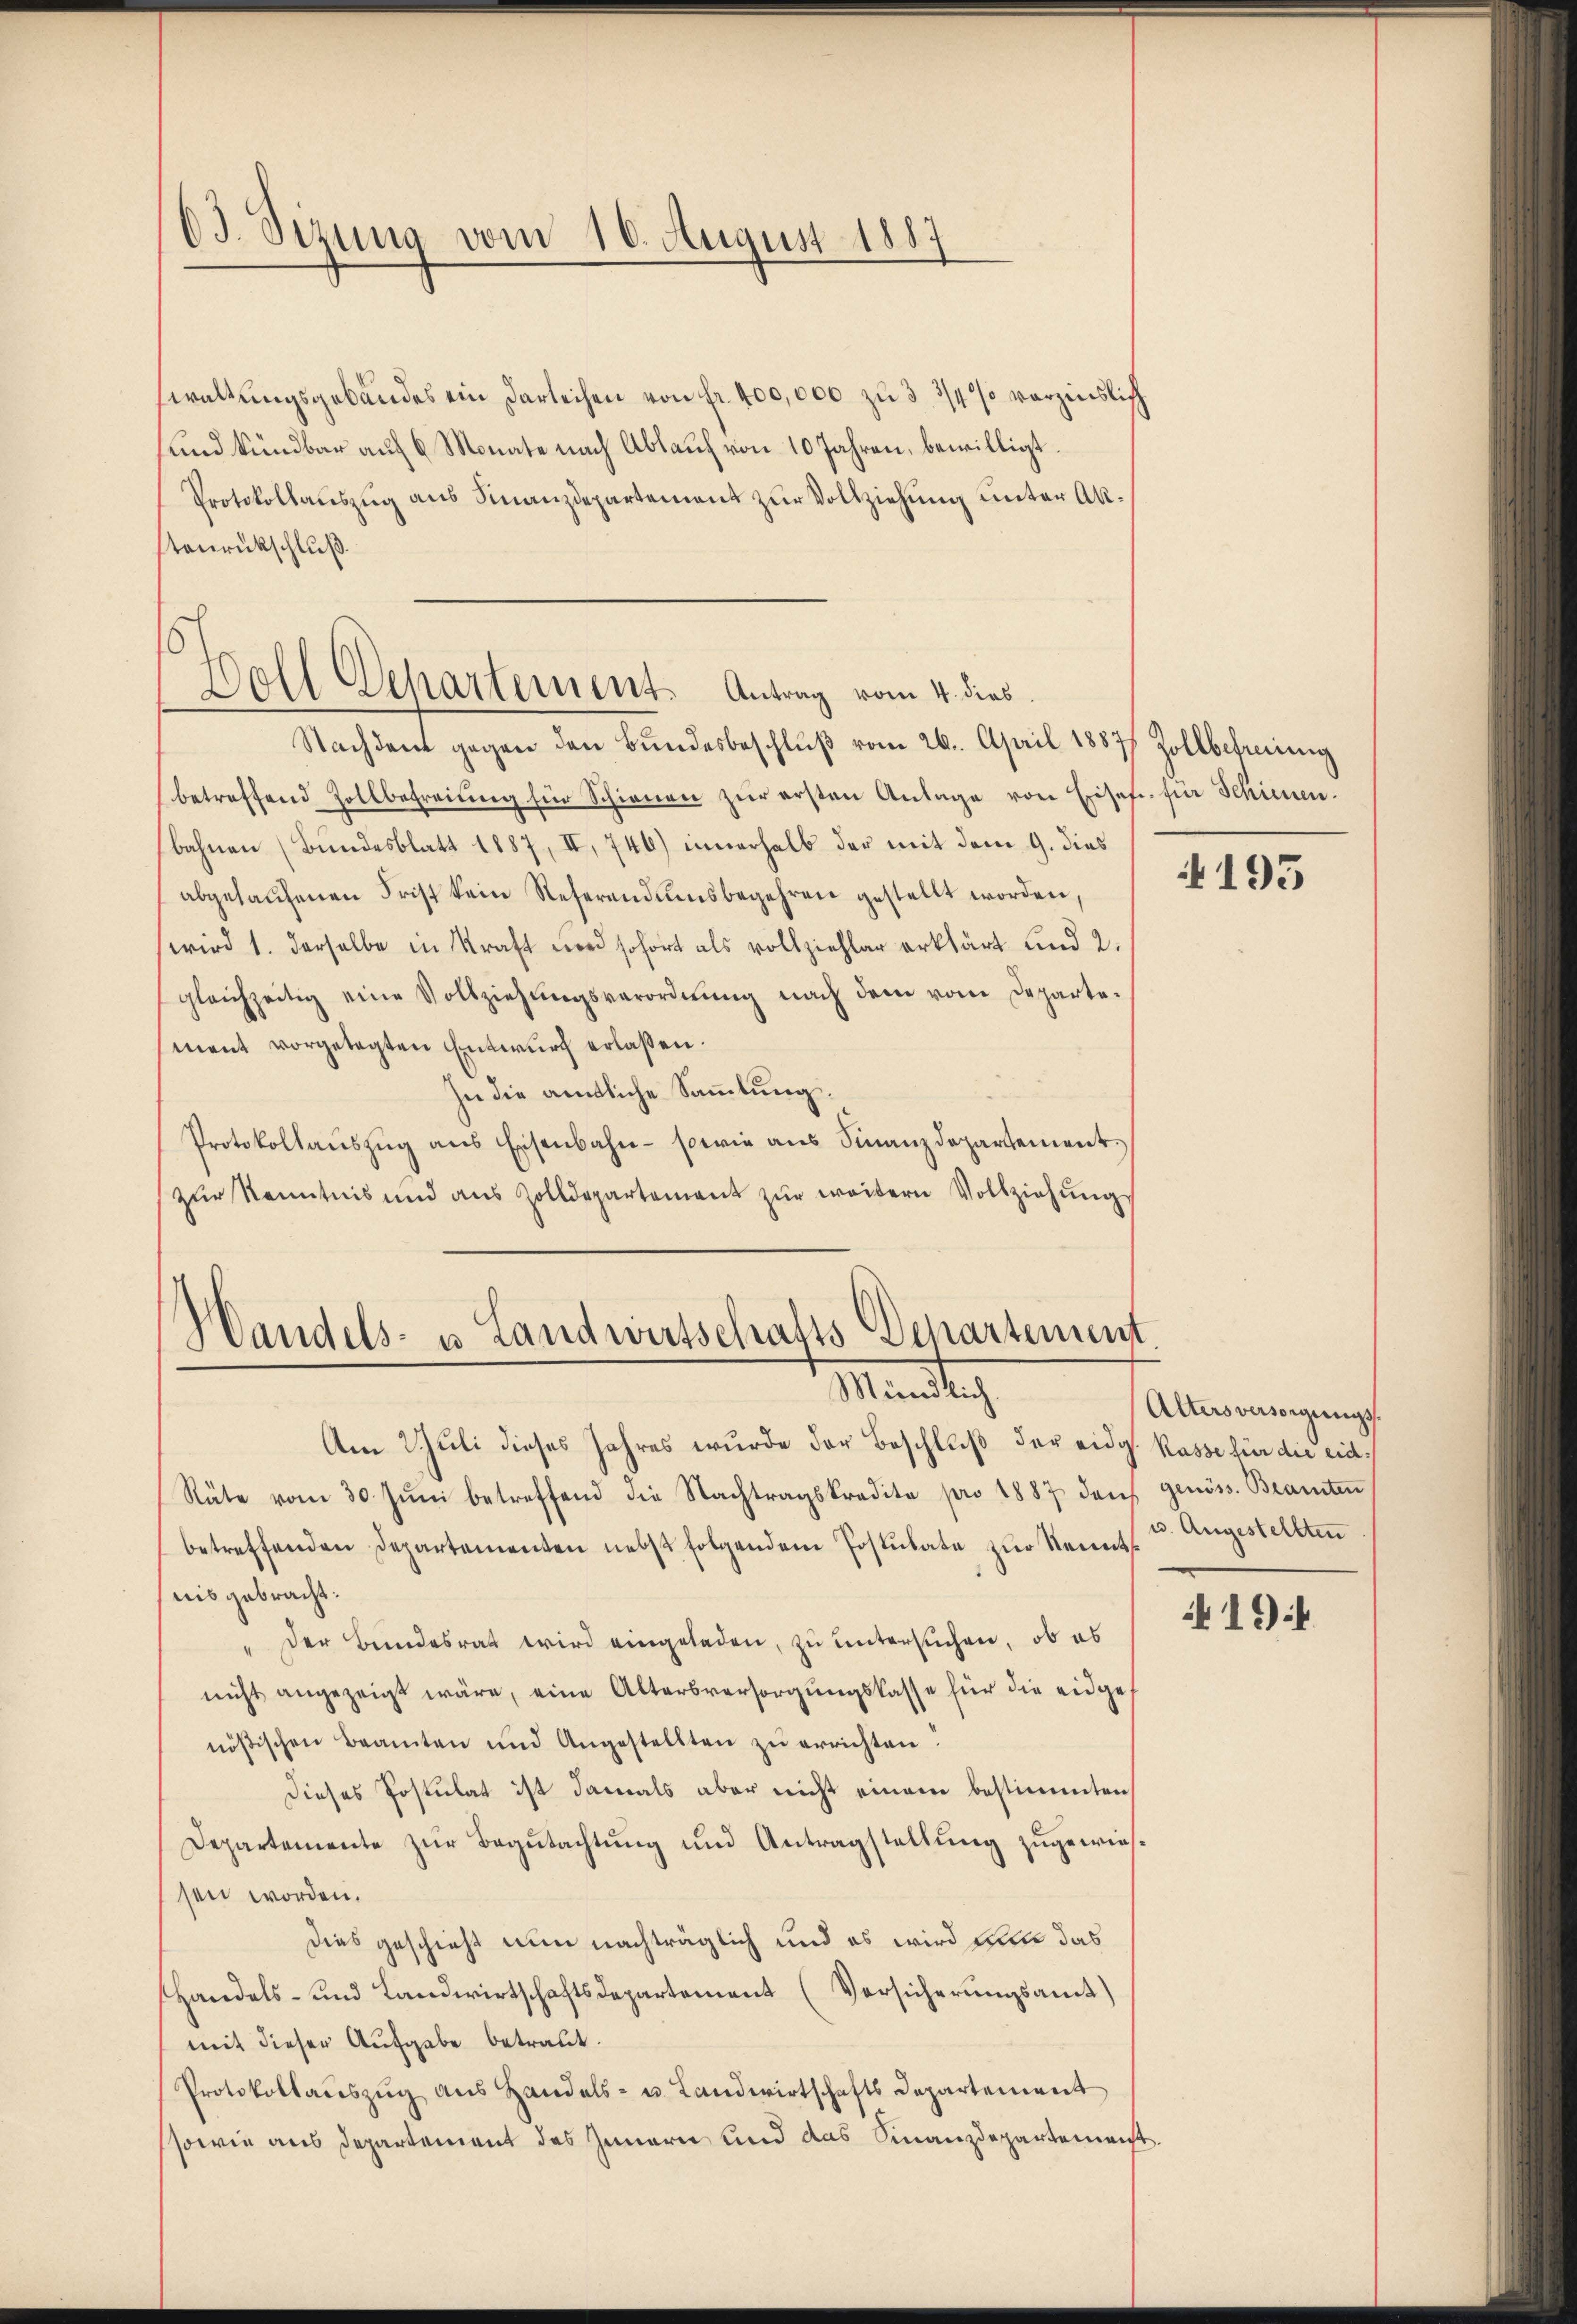
63. Sizung vom 16. August 1887

waltungsgebäudes ein Darleihen von fr. 400,000 zu 3 3/4% verzinslich
und kündbar auf 6 Monate nach Ablauf von 10 Jahren, bewilligt.
Protokollauszug aus Finanzdepartement zur Vollziehung unter Aktenrückschluß.
Nachdem gegen den Bŭndesbeschlŭβ vom 26. April 1887 Zollbefreiung
betreffend Zollbefreiung für Schienen zur ersten Anlage von Eisef. für Schienen.
bahnen (Bundesblatt 1887, II, 746) innerhalb der mit dem 9. dies
abgelaŭfenen Frist kein Referendumsbegehren gestellt worden,
wird 1. derselbe in Kraft wird sofort als vollziehler erklärt und 2.
gleichzeitig eine Vollziehŭngsverordnŭng nach dem vom Departe-
ment vorgetagten Entwurf erlaßen.
In die amtliche Sammlung,
Protokollauszug aus Eisenbahn - sowie aus Finanzdepartementzŭr Kenntnis und aus Zolldepartement zŭr weitern Vollziehŭng

Hall Departement. Antrag vom 4. dies

Handels- u. Landwirtschafts-Departement
Manten

Am Juli dieses Jahres wurde der Beschluß der eidg. Kasse für die eid¬
Räte vom 30. Jŭni betreffend die Nachtragskredite pro 1887 den genöss. Beamten
betreffenden Departementen nebst folgendem Postulate zur Kennt
nis gebracht:
" Der Bundesrat wird eingeladen, zu untersuchen, ob es
nicht angezeigt wäre, eine Altersversorgungskasse für die eidgenößischen Beamten und Angestellten zŭ errichten.
dieses Postulat ist damals aber nicht einem bestimmten
Departemente zur Begutachtung und Antragstellung zugewiessen worden.
Dies geschieht nun nachträglich und es wird nun das
Handels- und Landwirtschaftsdepartement (Versicherungsamt)
mit dieser Aufgabe betraut.
Protokollauszug aus Handels- u. Landwirtschafts Departement
sowie aus Departement des Innern und das Finanzdepartement

4195

Alters versorgungs¬
u. Angestellten

4194